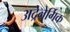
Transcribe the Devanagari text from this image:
अद्रेनेर्गिक